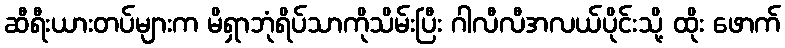
ဆီရီးယားတပ်များက မိရှာဘုံရိပ်သာကိုသိမ်းပြီး ဂါလီလီအလယ်ပိုင်းသို့ ထိုး ဖောက်